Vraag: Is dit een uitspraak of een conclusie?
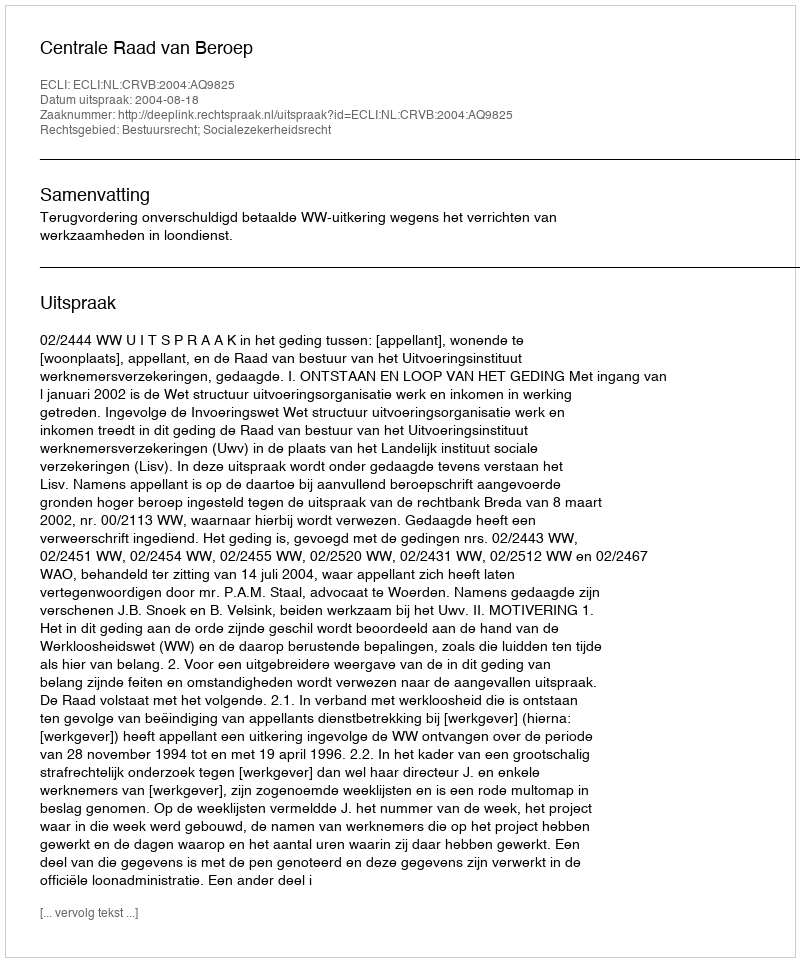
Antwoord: Uitspraak